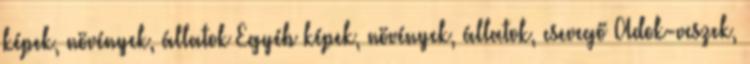
képek, növények, állatok Egyéb képek, növények, állatok, csevegő Adok-veszek,